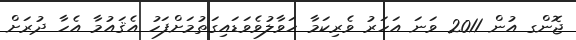
ޖޮންގ އުން 2011 ވަނަ އަހަރު ވެރިކަމާ ހަވާލުވެވަޑައިގަތުމަށްފަހު އެޤައުމާ އެހާ ދުރަށް